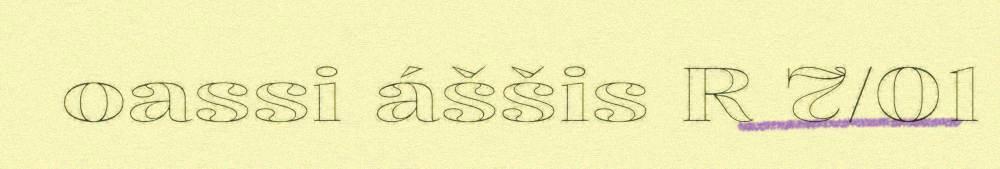
oassi áššis R 7/01